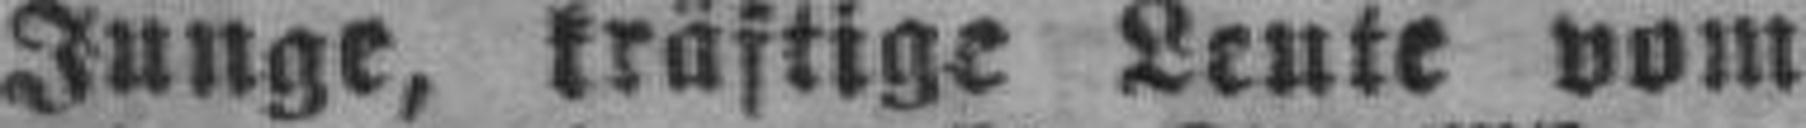
Junge, kräftige Leute vom